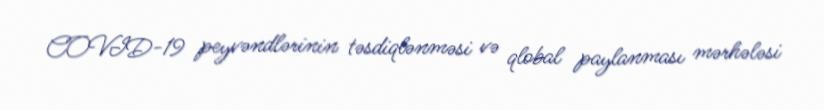
COVID-19 peyvəndlərinin təsdiqlənməsi və qlobal paylanması mərhələsi